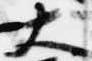
大